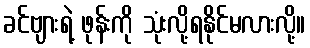
ခင်ဗျားရဲ့ ဖုန်းကို သုံးလို့ရနိုင်မလားလို့။